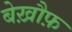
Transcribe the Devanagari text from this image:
बेख़ौफ़